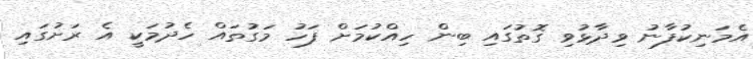
އެމަނިކުފާނު ވިދާޅުވި ގޮތުގައި ބިން ހިއްކުމަށް ފަހު މަގުތައް ހެދުމަކީ އެ ރަށުގައި